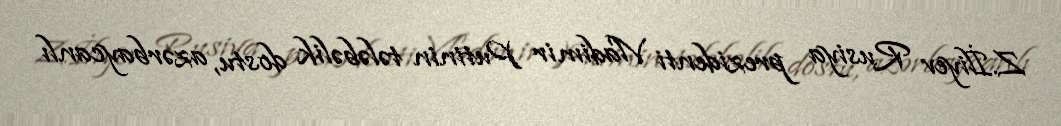
Z.İliyev Rusiya prezidenti Vladimir Putinin tələbəlik dostu, azərbaycanlı